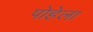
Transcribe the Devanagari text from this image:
पोहेला